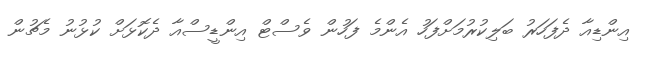
އިންޑިއާ ދެފަހަރު ބަލިކުރުމަށްފަހު އެންމެ ފަހުން ވެސްޓް އިންޑީސްއާ ދެކޮޅަށް ކުޅުނު މެޗުން